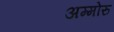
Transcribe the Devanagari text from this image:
अम्मोरु